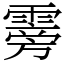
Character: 䨦